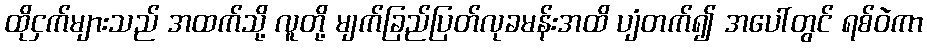
ထိုငှက်များသည် အထက်သို့ လူတို့ မျက်ခြည်ပြတ်လုခမန်းအထိ ပျံတက်၍ အပေါ်တွင် ရစ်ဝဲကာ